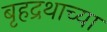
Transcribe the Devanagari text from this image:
बृहद्रथाच्या